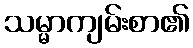
သမ္မာကျမ်းစာ၏